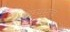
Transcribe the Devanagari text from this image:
सम्प्रभुत्व